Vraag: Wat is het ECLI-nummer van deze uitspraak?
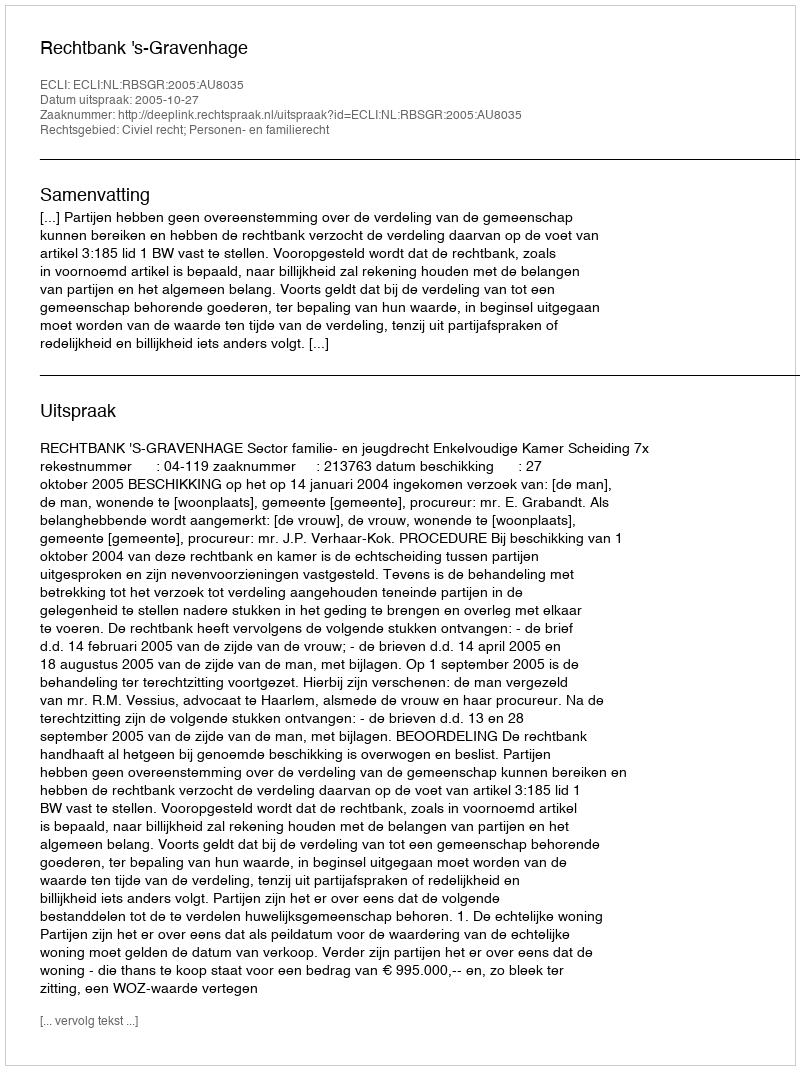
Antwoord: ECLI:NL:RBSGR:2005:AU8035